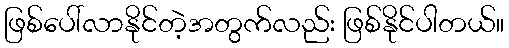
ဖြစ်ပေါ်လာနိုင်တဲ့အတွက်လည်း ဖြစ်နိုင်ပါတယ်။